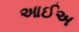
આઈઅ